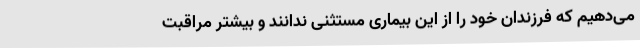
می‌دهیم که فرزندان خود را از این بیماری مستثنی ندانند و بیشتر مراقبت